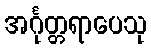
အင်္ဂုတ္တရာပေသု